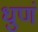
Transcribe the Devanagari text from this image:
धुणं